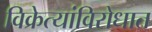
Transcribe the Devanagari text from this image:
विक्रेत्यांविरोधात